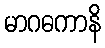
မာဂဓကာနိ